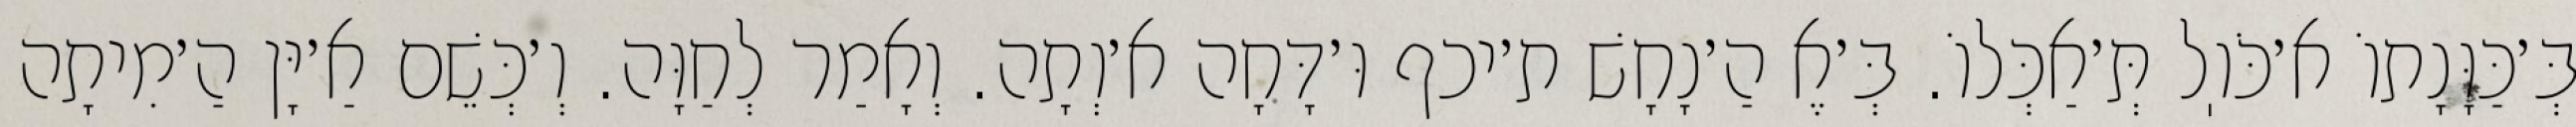
בְּ׳כַּוָּנָתוֹ א׳כֹּוֽל תְּ׳אַכְּלוֹ. בְּ׳אֶ הַ׳נָחָשׁ ת׳יכף וּ׳דָּחָה א׳וְתָה. וְאָמַר לְחַוָּה. וְ׳כְּשֵׁם אַ׳יָּן הַ׳מִיתָה